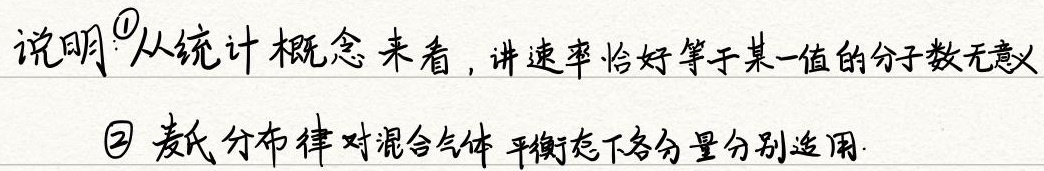
说明\textcircled{1}从统计概念来看，讲速率恰好等于某一值的分子数无意义
\textcircled{2} 麦氏分布律对混合气体平衡态下各分量分别适用.